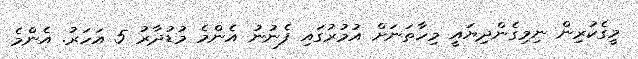
މީގެކުރިން ނިމިގެންދިޔައީ މިހާތަނަށް އުމުރުގައި ފެނުނު އެންމެ މުޑުދާރު 5 އަހަރު. އެންމެ